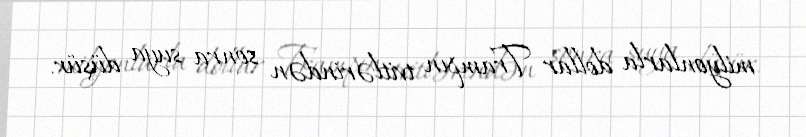
milyonlarla dollar Trampın tvitlərindən sonra suya düşür.